Document type: Sale
Year: 1440
Scribe: Pere Pau Pujades
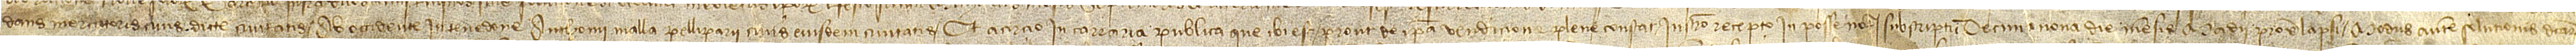
dans, mercatoris, civis dicte civitatis; ab occidente in tenedone Anthonii Malla, pelliparii, civis eiusdem civitatis; et a cirçio in carraria publica que ibi est. Prout de ipsa vendicione plene constat instrumento recepto in posse notarii subscripti decima nona die mensis mandii proxime lapsi. Modus autem solutionis dictarum